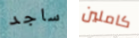
ساجد كاملين